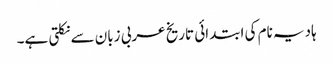
ہادیہ نام کی ابتدائی تاریخ عربی زبان سے نکلتی ہے۔